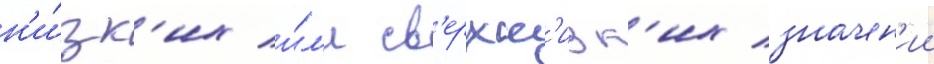
н'и́зк'их и́л'и св'ерхн'изк'их значен'ии